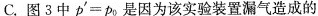
C.图3中$$p^{\prime} = p_{0}$$是因为该实验装置漏气造成的